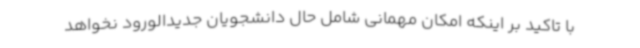
با تاکید بر اینکه امکان مهمانی شامل حال دانشجویان جدیدالورود نخواهد